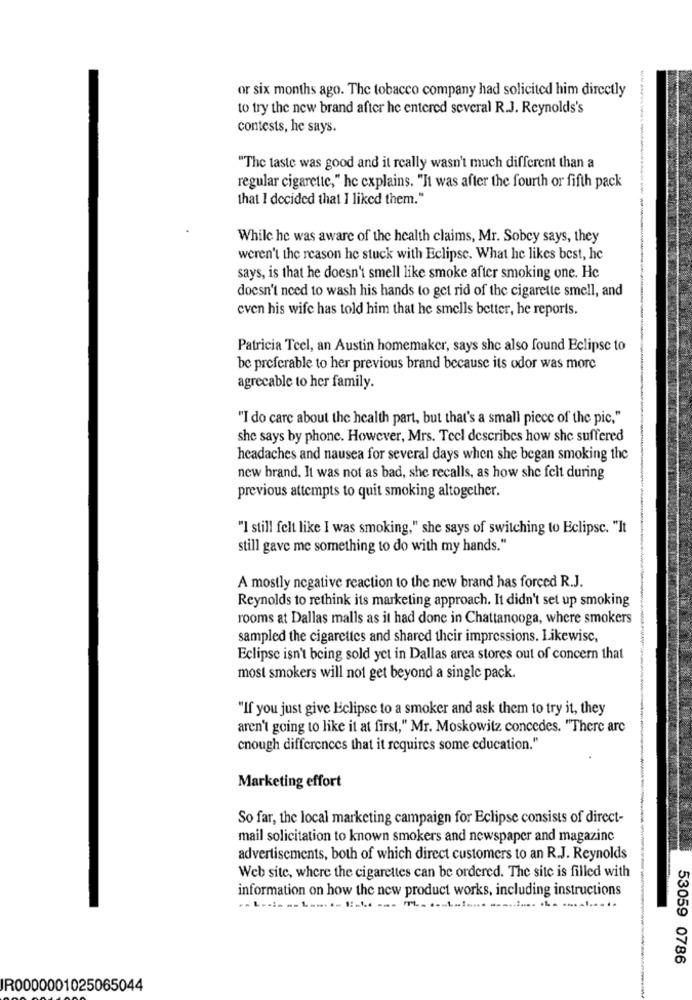
or six months ago. The tobacco company had solicited him directly
to try the new brand after he entered several R.J. Reynolds's
contests, he says.
"The taste was good and it really wasn't much different than a
regular cigarette," he explains. "It was after the fourth or fifth pack
that I decided that I liked them."
While he was aware of the health claims, Mr. Sobey says, they
weren't the reason he stuck with Eclipse. What he likes best, he
says, is that he doesn't smell like smoke after smoking one. Hc
doesn't need to wash his hands to get rid of the cigarette smell, and
even his wife has told him that he smells better, he reports.
Patricia Teel, an Austin homemaker, says she also found Eclipse to
be preferable to her previous brand because its odor was more
agrecable to her family.
"I do care about the health part, but that's a small piece of the pic,"
she says by phone. However, Mrs. Tecl describes how she suffered
headaches and nausea for several days when she began smoking the
new brand. It was not as bad, she recalls, as how she felt during
previous attempts to quit smoking altogether.
"I still felt like I was smoking," she says of switching to Eclipse. "It
still gave me something to do with my hands."
A mostly negative reaction to the new brand has forced R.J.
Reynolds to rethink its marketing approach. It didn't set up smoking
rooms at Dallas malls as it had done in Chattanooga, where smokers
sampled the cigarettes and shared their impressions. Likewise,
Eclipse isn't being sold yet in Dallas area stores out of concern that
most smokers will not get beyond a single pack.
"If you just give Eclipse to a smoker and ask them to try it, they
aren't going to like it at first," Mr. Moskowitz concedes. "There are
cnough differences that it requires some education."
Marketing effort
So far, the local marketing campaign for Eclipse consists of direct-
mail solicitation to known smokers and newspaper and magazine
advertisements, both of which direct customers to an R.J. Reynolds
Web site, where the cigarettes can be ordered. The site is filled with
information on how the new product works, including instructions
.....
53059 0786
R0000001025065044